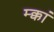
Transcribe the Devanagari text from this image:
म्क्कां